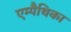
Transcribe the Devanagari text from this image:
एम्पैथिका